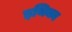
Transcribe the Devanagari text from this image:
इथिका